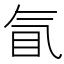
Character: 𰚿